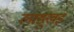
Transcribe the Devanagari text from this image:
लाङ्खुइ